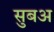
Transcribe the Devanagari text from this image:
सुबअ